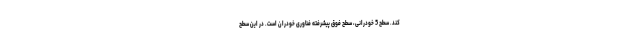
کند. سطح 5 خودرانی، سطح فوق پیشرفته فناوری خودران است. در این سطح